Report of an outbreak of cholera in Suhutwar, Bulliah sub-division
Disease focus: Cholera
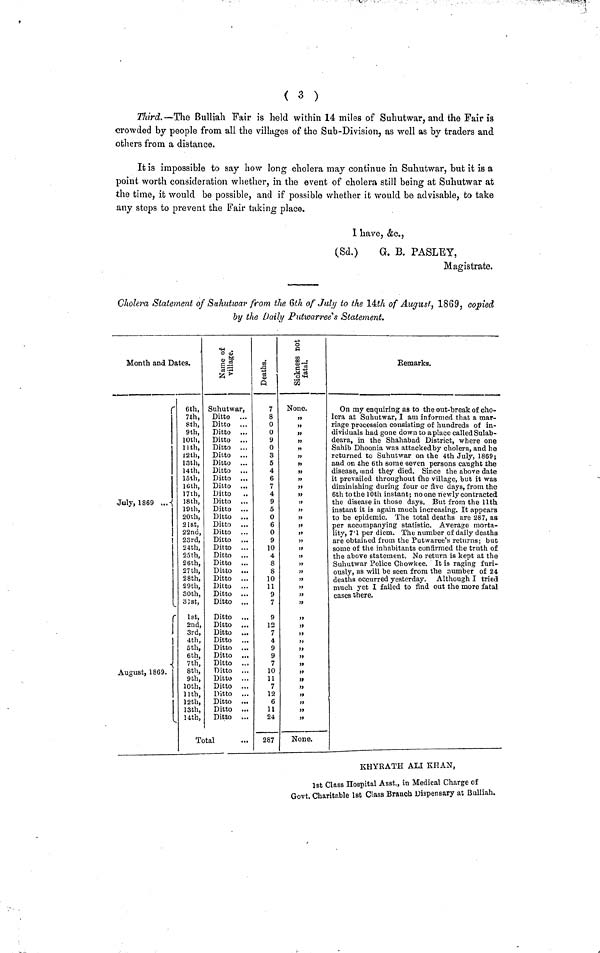
( 3 )
Third. —The Bulliah Fair is held within 14 miles of Suhutwar, and the Fair is
crowded by people from all the villages of the Sub-Division, as well as by traders and
others from a distance.
It is impossible to say how long cholera may continue in Suhutwar, but it is a
point worth consideration whether, in the event of cholera still being at Suhutwar at
the time, it would be possible, and if possible whether it would be advisable, to take
any steps to prevent the Fair taking place.
1 have, &c.,
(Sd.)
G. B. PASLEY,
Magistrate.
Cholera Statement of Suhutwar from the 6th of July to the 14th of August-, 1869, copied
by the Daily Putwarree's Statement.
Month and Dates.
Γ
6th,
7th,
8th,
9th,
10th,
1 1 th,
12th,
13th,
14th,
loth,
16th,
17th,
July, 1869 ...-{ 38th,
19th,
20th,
21st,
22nd,
23rd,
24th,
25th,
26th,
27th,
28th,
29th,
30th,
33 at,
1st,
2nd,
3rd,
4th,
5th,
6th,
7th',
August, 1869.
8th,
9th,
10th,
llth,
12th,
13th,
14th,
Suhutwar,
Ditto ...
Ditto ...
Ditto ...
Ditto ...
Ditto ...
Ditto ...
Ditto .,„
Ditto ...
Ditto ...
Ditto . .
Ditto
Ditto . .
Ditto . .
Ditto . .
Ditto . .
Ditto . .
Ditto . .
Ditto . .
Ditto . .
Ditto . .
Ditto . .
Ditto . .
Ditto . .
Ditto . .
Ditto . .
Ditto ...
Ditto ...
Ditto ...
Ditto ...
Ditto ...
Ditto ...
Ditto ...
Ditto ...
Ditto ...
Ditto ...
Ditto ...
Ditto ...
Ditto ...
Ditto ...
Total
7
8
0
0
9
0
3
5
4
6
7
4
9
5
0
6
0
9
10
4
8
S
10
11
9
7
9
12
7
4
9
9
7
10
11
7
12
6
11
24
287
None.
it
1)
»
»
η
it
it
»
»
»
»
»
}t
tt
»
None.
Remarks.
On my enquiring as to the out-break of cho-
lera at Suhutwar, I am informed that a mar-
riage procession consisting of hundreds of in-
dividuals had gone down to aplace called Sulab-
deara, in the Shahabad District, where one
Sahib Dhoonia was attacked by cholera, and he
returned to Suhutwar on the 4th July, 1869;
and on the 6th some seven persons caught the
disease, mnd they died. Since the above date
it prevailed throughout fhe village, but it was
diminishing during four or five days, from the
6th to the 10th instant; noone η ewly contracted
the disease in those days. But from the llth
instant it is again much increasing. It appears
to be epidemic. The total deaths are 287, as
per accompanying statistic. Average morta-
lity, 7.1 per diem. The number of daily deaths
are obtained from the Putwaree's returns; but
some of the inhabitants confirmed the truth of
the above statement. No return is kept at the
Suhutwar Police Chowkee. It is raging furi-
ously, as -will be seen from the number of 24
deaths occurred yesterday. Although I tried
much yet I failed to find out the more fatal
cases there.
.
KHYRATH ALI KHAN,
1st Class Hospital Asst., in Medical Charge of
Govt. Charitable 1st Class Branch Dispensary at Bulliah.